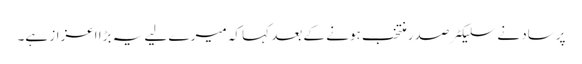
پرساد نے سلیکٹر صدر منتخب ہونے کے بعد کہا کہ میرے لیے یہ بڑا اعزاز ہے۔